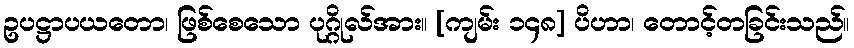
ဥပဋ္ဌာပယတော၊ ဖြစ်စေသော ပုဂ္ဂိုလ်အား။ [ကျမ်း ၁၄၈] ပိဟာ၊ တောင့်တခြင်းသည်။